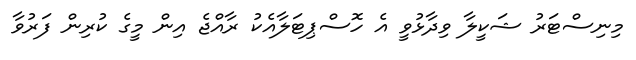
މިނިސްޓަރު ޝަކީލާ ވިދާޅުވީ އެ ހޮސްޕިޓަލާއެކު ރާއްޖެ އިން މީގެ ކުރިން ފަރުވާ